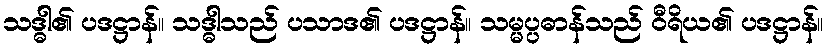
သဒ္ဓါ၏ ပဒဋ္ဌာန်။ သဒ္ဓါသည် ပသာဒ၏ ပဒဋ္ဌာန်။ သမ္မပ္ပဓာန်သည် ဝီရိယ၏ ပဒဋ္ဌာန်။